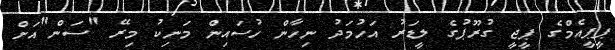
ޕީޕީއެމްގެ ޕީޖީ ގުރޫޕުގެ ލީޑަރު އަހުމަދު ނިހާން ހުސައިން މަނިކު މިރޭ "ސަން"އަށް